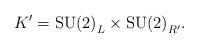
LaTeX: \begin{align*}K^{\prime} = {\rm SU(2)}_{L} \times {\rm SU(2)}_{R^{\prime}}.\end{align*}